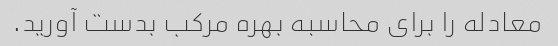
معادله را برای محاسبه بهره مرکب بدست آورید.